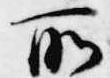
所